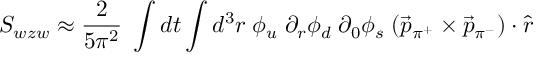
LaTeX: { \cal S } _ { w z w } \approx { \frac { 2 } { 5 \pi ^ { 2 } } } \; \int d t \int d ^ { 3 } r \; \phi _ { u } \; \partial _ { r } \phi _ { d } \; \partial _ { 0 } \phi _ { s } \; ( \vec { p } _ { \pi ^ { + } } \times \vec { p } _ { \pi ^ { - } } ) \cdot \hat { r }